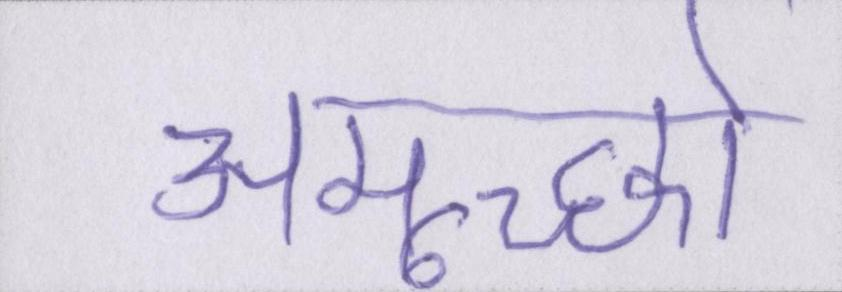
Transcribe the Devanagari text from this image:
अमूर्च्छा